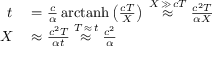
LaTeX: \begin{array} { r l } { t } & { { } = { \frac { c } { \alpha } } \operatorname { a r c t a n h } \left( { \frac { c T } { X } } \right) \; { \overset { X \, \gg \, c T } { \approx } } \; { \frac { c ^ { 2 } T } { \alpha X } } } \\ { X } & { { } \approx { \frac { c ^ { 2 } T } { \alpha t } } \; { \overset { T \, \approx \, t } { \approx } } \; { \frac { c ^ { 2 } } { \alpha } } } \end{array}